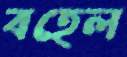
বহেল